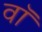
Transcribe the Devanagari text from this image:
वाॅ